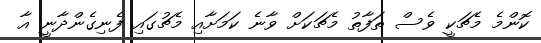
ކޮންމެ މެޗަކީ ވެސް ތަފާތު މެޗަކަށް ވާނެ ކަމަށާއި މެޗުގައި ފެނިގެންދާނީ އާ